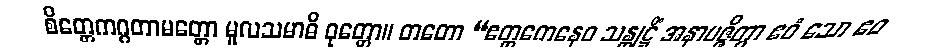
စိတ္တေကဂ္ဂတာမတ္တော မူလသမာဓိ ဝုတ္တော။ တတော “ဧတ္တကေနေဝ သန္တုဋ္ဌိံ အနာပဇ္ဇိတွာ ဧဝံ သော ဧဝ